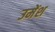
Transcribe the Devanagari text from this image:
उमेंश